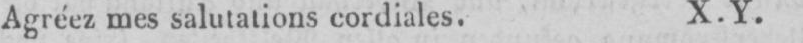
Agréez mes salutations cordiales. X. Y.